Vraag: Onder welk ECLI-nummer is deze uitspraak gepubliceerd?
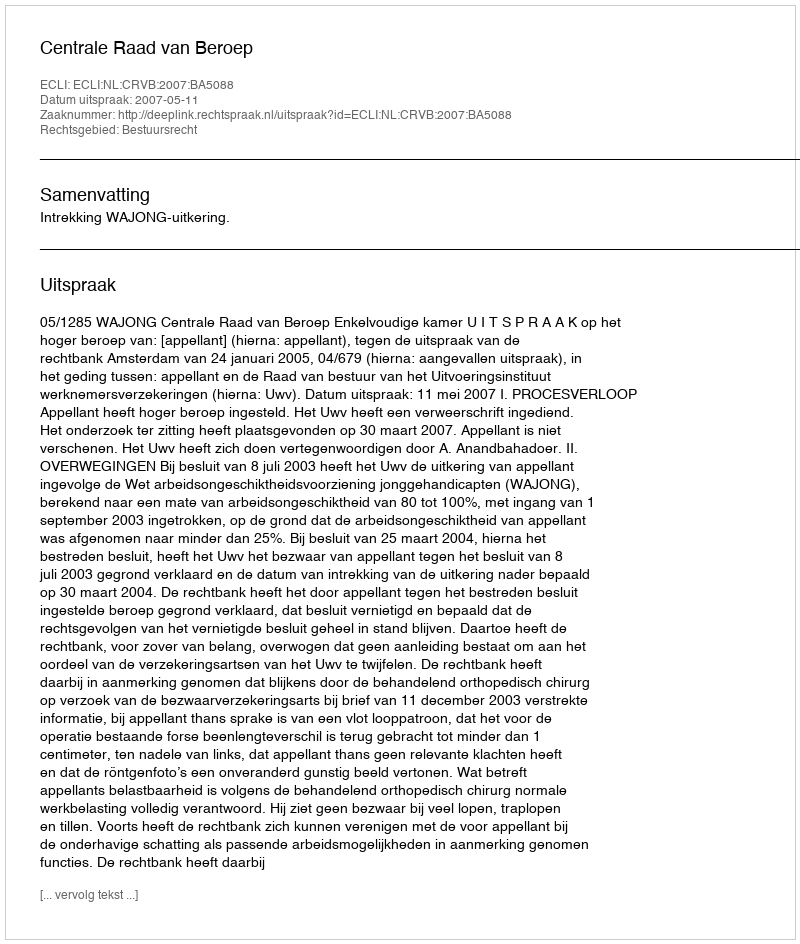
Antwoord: ECLI:NL:CRVB:2007:BA5088